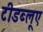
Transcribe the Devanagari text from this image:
टीडब्लूए